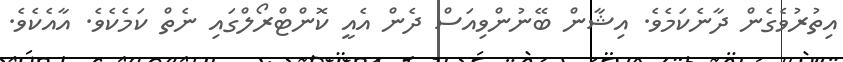
އިތުރުވެގެން ދާނެކަމެވެ. އިޝާން ބޭނުންވިއަސް ދެން އެއީ ކޮންޓްރޯލްގައި ނެތް ކަމެކެވެ. އާއެކެވެ.